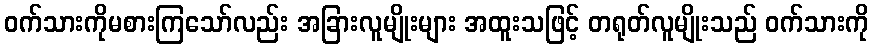
ဝက်သားကိုမစားကြသော်လည်း အခြားလူမျိုးများ အထူးသဖြင့် တရုတ်လူမျိုးသည် ဝက်သားကို